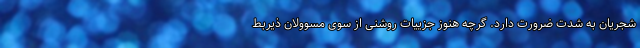
شجریان به شدت ضرورت دارد. گرچه هنوز جزییات روشنی از سوی مسوولان ذیربط